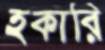
হকারি